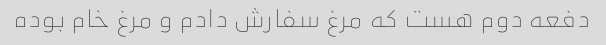
دفعه دوم هست که مرغ سفارش دادم و مرغ خام بوده